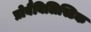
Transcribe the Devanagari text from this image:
प्रोबैबिलिस्टिक